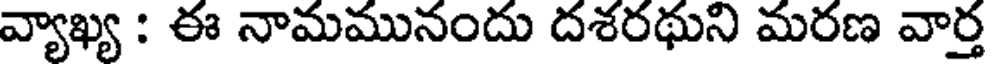
వ్యాఖ్య : ఈ నామమునందు దశరథుని మరణ వార్త